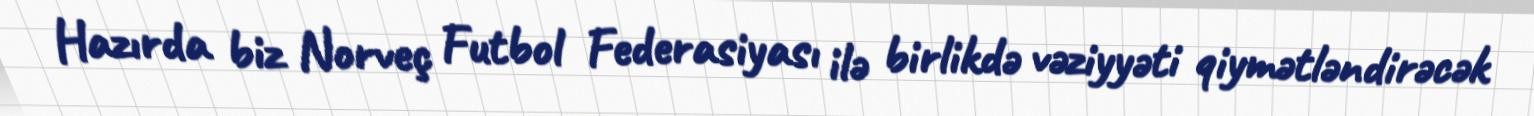
Hazırda biz Norveç Futbol Federasiyası ilə birlikdə vəziyyəti qiymətləndirəcək